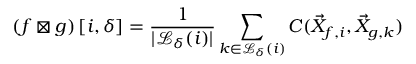
\left( f \boxtimes g \right) \left[ i , \delta \right] = \frac { 1 } { | \mathcal { L } _ { \delta } ( i ) | } \sum _ { k \in \mathcal { L } _ { \delta } ( i ) } C ( \vec { X } _ { f , i } , \vec { X } _ { g , k } )